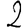
Digit: 2